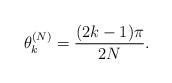
LaTeX: \begin{align*}\theta_{k}^{(N)} = \frac{ (2k-1) \pi}{2N}.\end{align*}